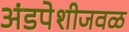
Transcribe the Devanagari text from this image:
अंडपेशीजवळ